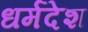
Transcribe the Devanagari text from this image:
धर्मदेश